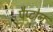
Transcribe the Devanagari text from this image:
पैप्टोन